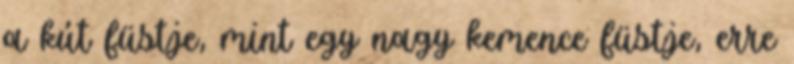
a kút füstje, mint egy nagy kemence füstje, erre